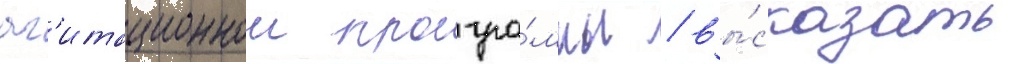
аг'итационнои програ́ммы / вы́сказать